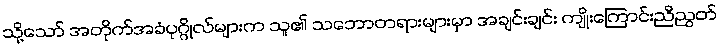
သို့သော် အတိုက်အခံပုဂ္ဂိုလ်များက သူ၏ သဘောတရားများမှာ အချင်းချင်း ကျိုးကြောင်းညီညွတ်